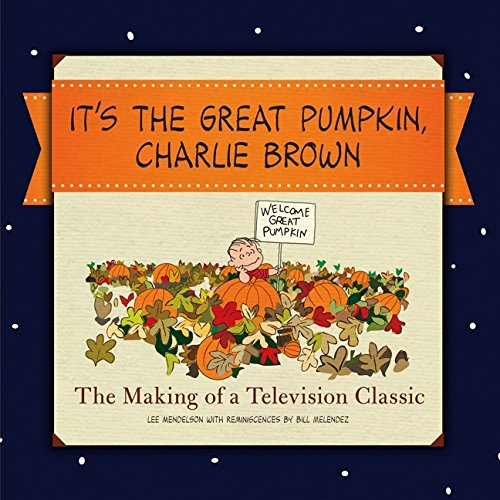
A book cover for It's the Great Pumpkin: The Making of a Television Classic; Charles M. Schulz; Humor & Entertainment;